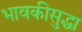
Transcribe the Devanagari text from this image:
भावकीसुद्धा